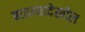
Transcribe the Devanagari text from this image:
बातम्यादेखील